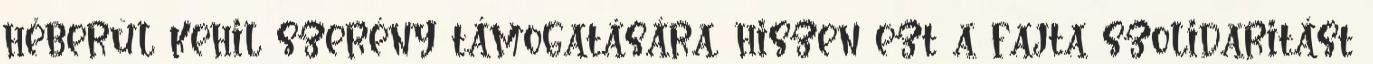
héberül kehil szerény támogatására, hiszen ezt a fajta szolidaritást